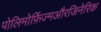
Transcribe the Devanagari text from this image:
पोलिमोर्फ़िज्मऔरजिनेरिक